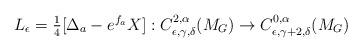
LaTeX: \begin{align*}L_\epsilon=\tfrac{1}{4}[\Delta_a- e^{f_a}X ]:C_{\epsilon,\gamma,\delta}^{2,\alpha}(M_G)\to C_{\epsilon,\gamma+2,\delta}^{0,\alpha}(M_G) \end{align*}